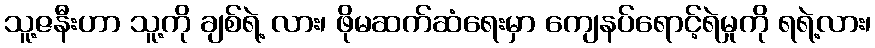
သူ့ဇနီးဟာ သူ့ကို ချစ်ရဲ့ လား၊ ဖိုမဆက်ဆံရေးမှာ ကျေနပ်ရောင့်ရဲမှုကို ရရဲ့လား၊